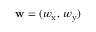
\mathbf { w } = ( w _ { \mathrm { x } } , \, w _ { \mathrm { y } } )